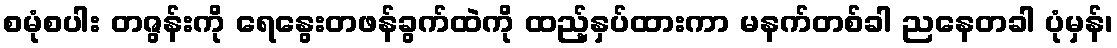
စမုံစပါး တဇွန်းကို ရေနွေးတဖန်ခွက်ထဲကို ထည့်နှပ်ထားကာ မနက်တစ်ခါ ညနေတခါ ပုံမှန်၊